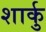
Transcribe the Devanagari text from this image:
शार्कु